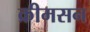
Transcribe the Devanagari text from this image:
क्रीमसन